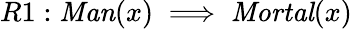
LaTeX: R1:{\mathit{Man}}(x)\implies{\mathit{Mortal}}(x)